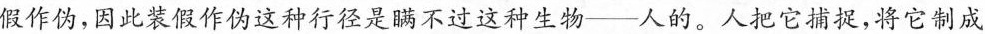
假作伪，因此装假作伪这种行径是瞒不过这种生物—— 人的。人把它捕捉，将它制成